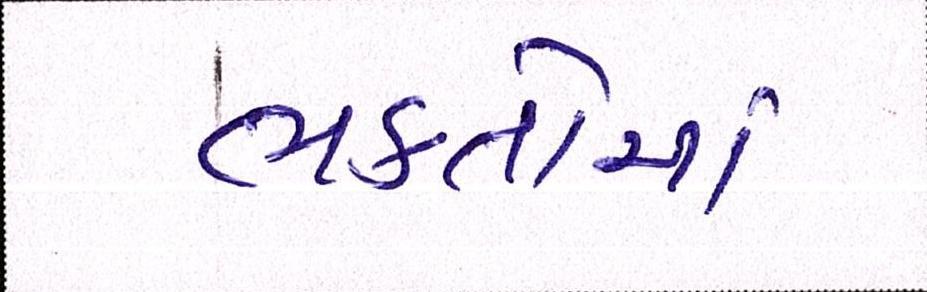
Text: ભકતોમાં